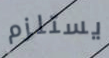
يستلزم